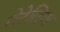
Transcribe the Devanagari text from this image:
रोटेलिया